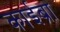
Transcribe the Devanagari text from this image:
काईब्रा